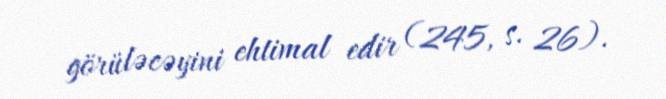
görüləcəyini ehtimal edir (245, s. 26).